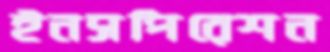
ইনসপিরেশন